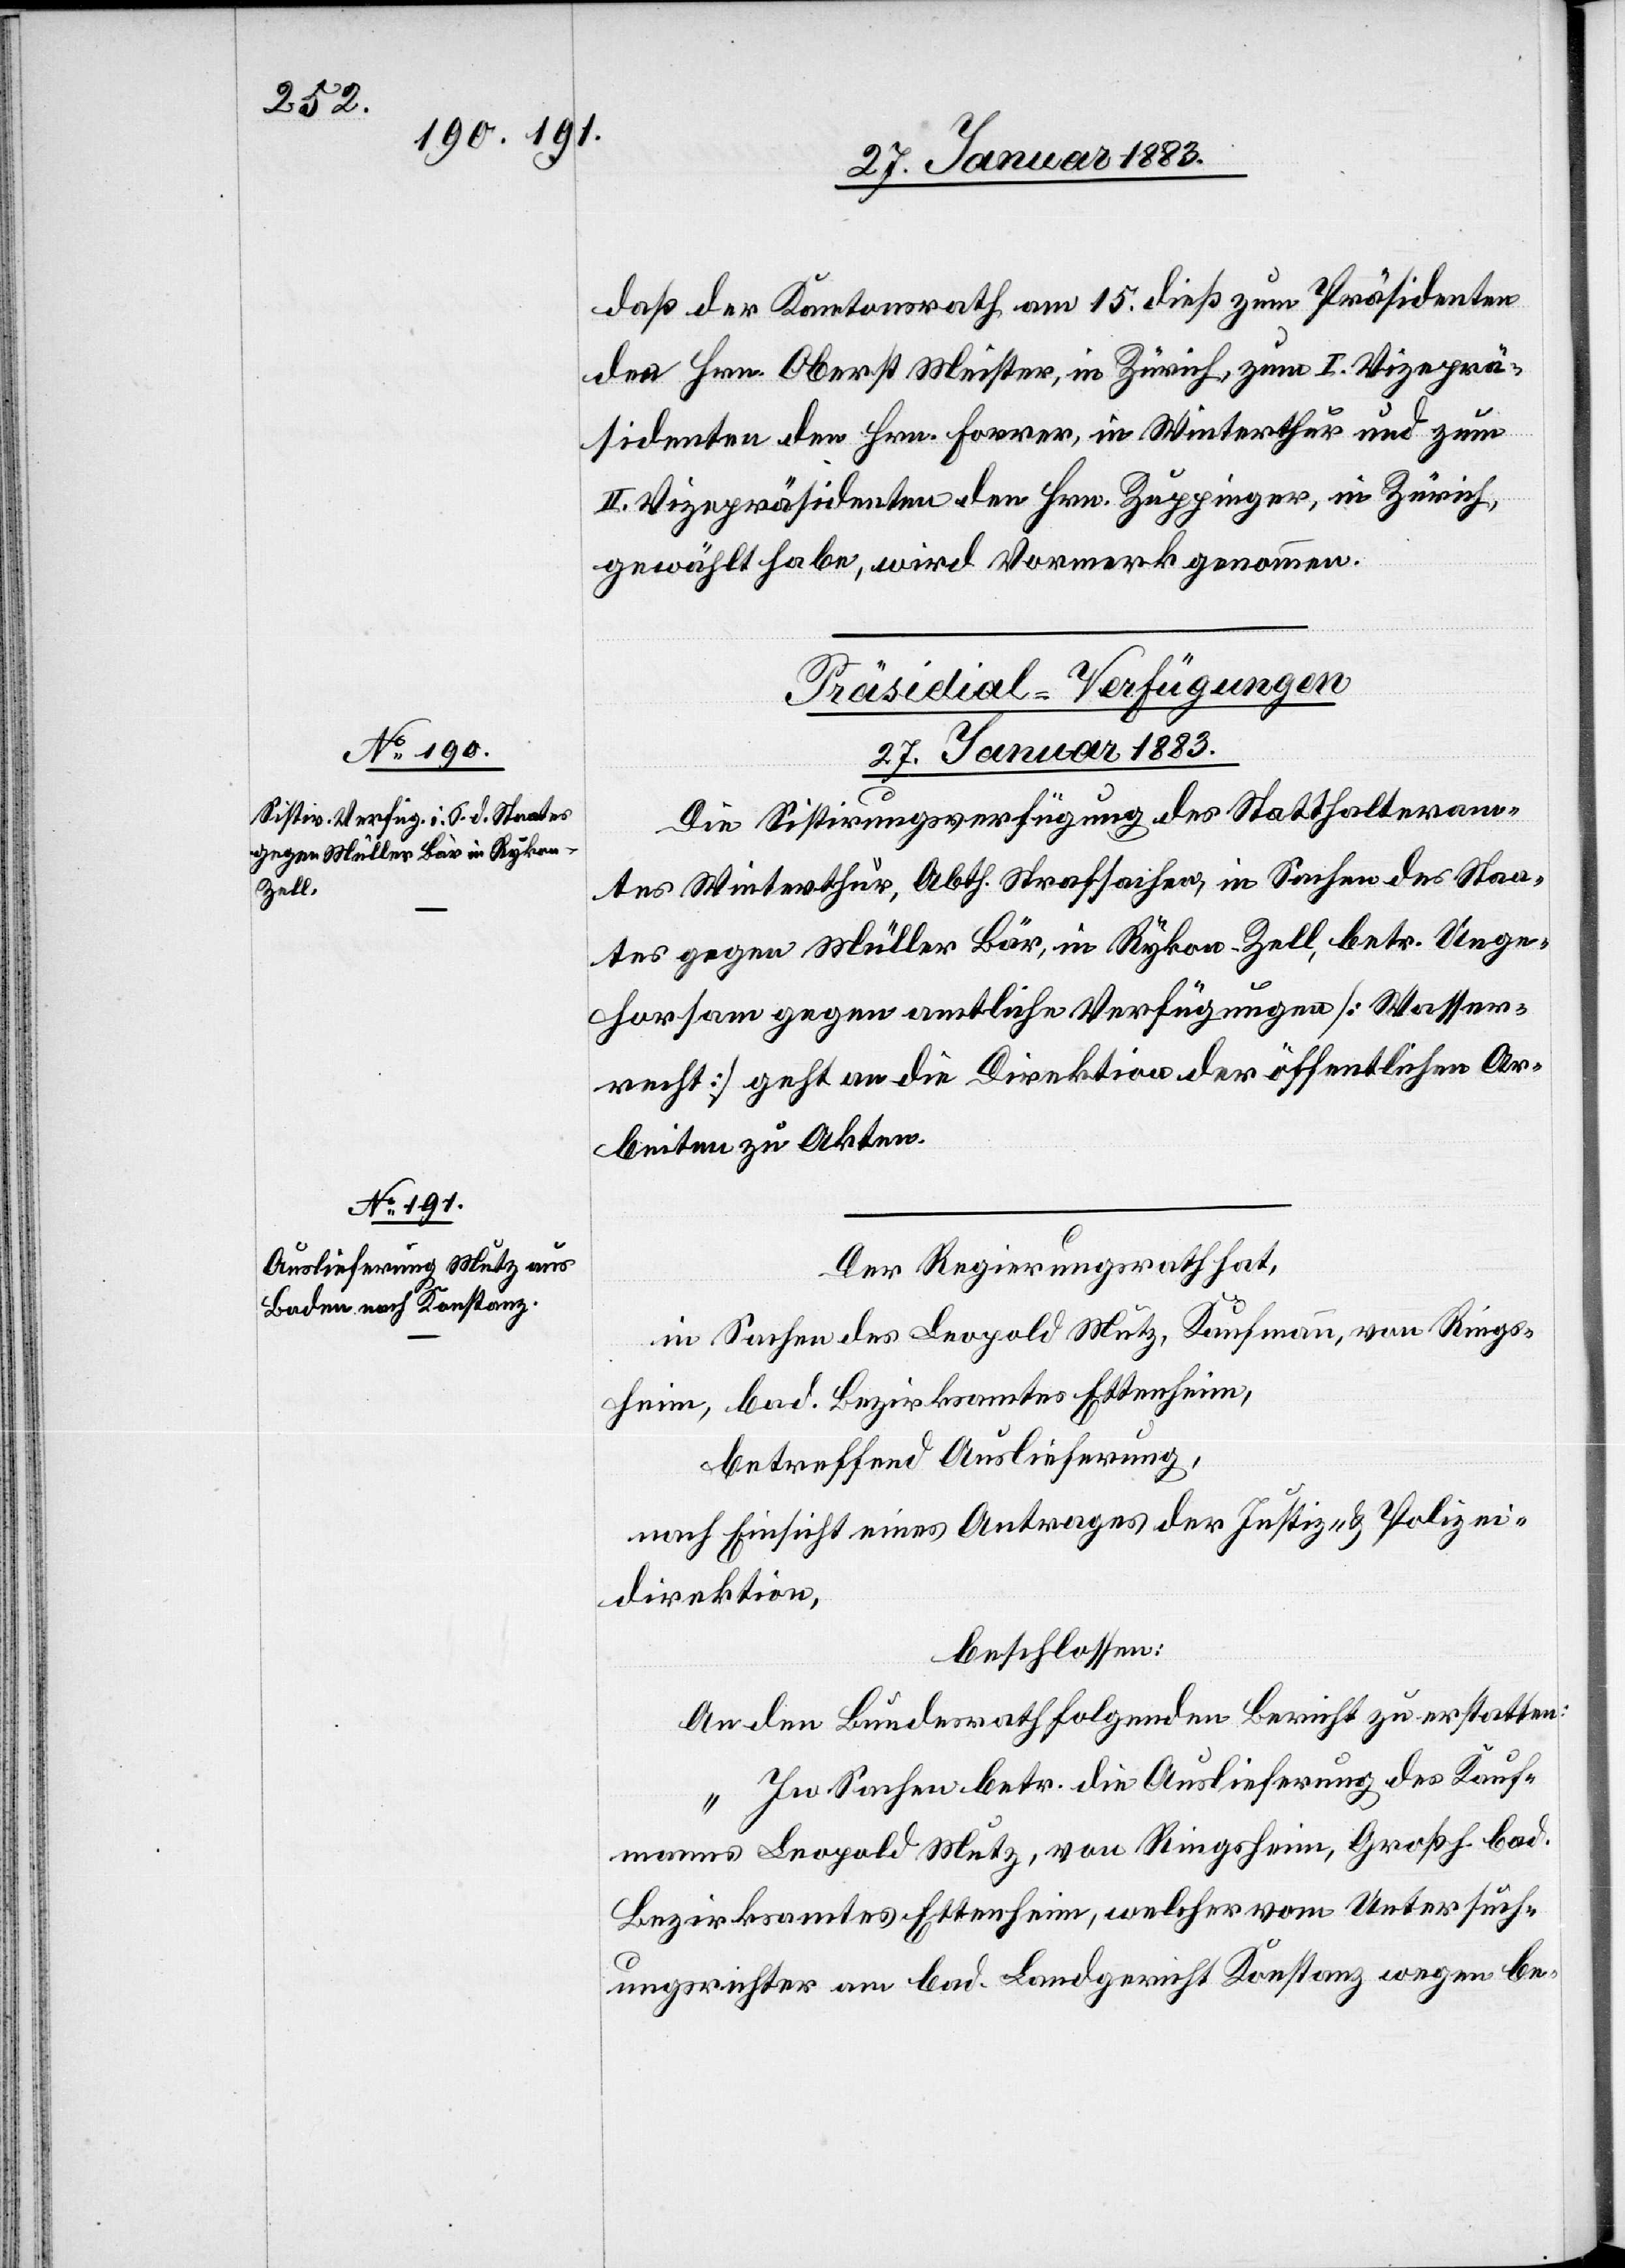
daß der Kantonsrath am 15. dieß zum Präsidenten
den Hrn. Oberst Meister, in Zürich, zum I. Vizeprä¬
sidenten den Hrn. Forrer, in Winterthur und zum
II. Vizepräsidenten den Hrn. Zuppinger, in Zürich,
gewählt habe, wird Vormerk genommen.
[Präsidial-Verfügungen
27. Januar 1883.]
Die Sistirungsverfügung des Statthalteram¬
tes Winterthur, Abth. Strafsachen, in Sachen des Staa¬
tes gegen Müller Bär, in Rykon - Zell, betr. Unge¬
horsam gegen amtliche Verfügungen [Wasser¬
recht] geht an die Direktion der öffentlichen Ar¬
beiten zu Akten.
Der Regierungsrath hat,
in Sachen des Leopold Mutz, Kaufmann, von Rings¬
heim, bad. Bezirksamtes Ettenheim,
betreffend Auslieferung,
nach Einsicht eines Antrages der Justiz- & Polizei¬
direktion,
beschlossen:
An den Bundesrath folgenden Bericht zu erstatten:
„In Sachen betr. die Auslieferung des Kauf¬
manns Leopold Mutz, von Ringsheim, Großh. bad.
Bezirksamtes Ettenheim, welcher vom Untersuch¬
ungsrichter am bad. Landgericht Konstanz wegen be-